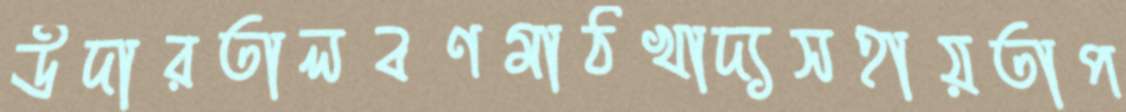
উদারতালবণমাঠখাদ্যসহায়তাপ